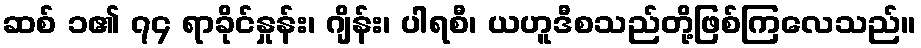
ဆစ် ၁၏ ၇၄ ရာခိုင်နှုန်း၊ ဂျိန်း၊ ပါရစီ၊ ယဟူဒီစသည်တို့ဖြစ်ကြလေသည်။